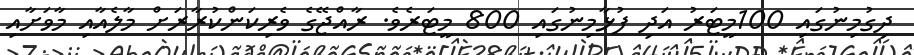
ދިގުމިނުގައި 100މީޓަރު އަދި ފުޅާމިނުގައި 800 މީޓަރެވެ. ރާއްޖޭގެ ވެރިކަންކުރާރަށް މާލެއާއި މާވަށާއި